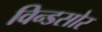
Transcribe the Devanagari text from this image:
विन्डसोर